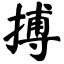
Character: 搏